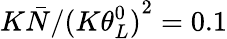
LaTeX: {K\bar{N}}/{(K{{\theta_{L}^{0})}^{2}}}=0.1